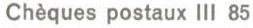
Chèques postaux III 85